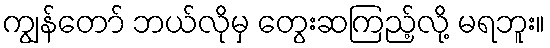
ကျွန်တော် ဘယ်လိုမှ တွေးဆကြည့်လို့ မရဘူး။